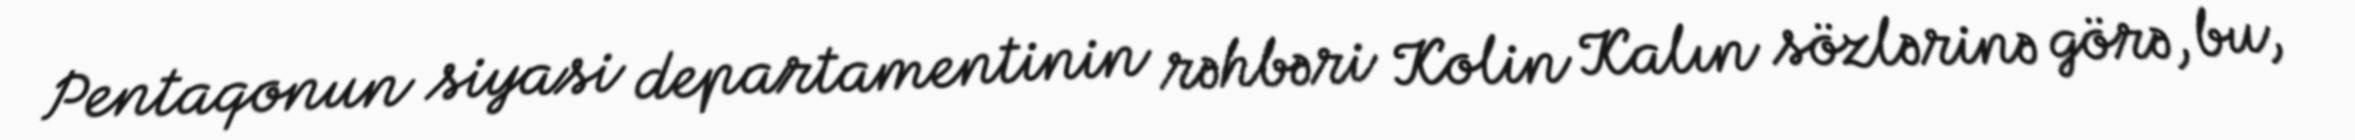
Pentaqonun siyasi departamentinin rəhbəri Kolin Kalın sözlərinə görə, bu,